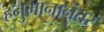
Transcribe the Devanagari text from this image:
हनुमानानंतर